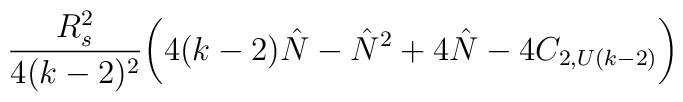
{R_s^2\over 4(k-2)^2}\biggl(4(k-2){\hat N}-{\hat N}^2+4{\hat N}-4C_{2,U(k-2)}\biggr)